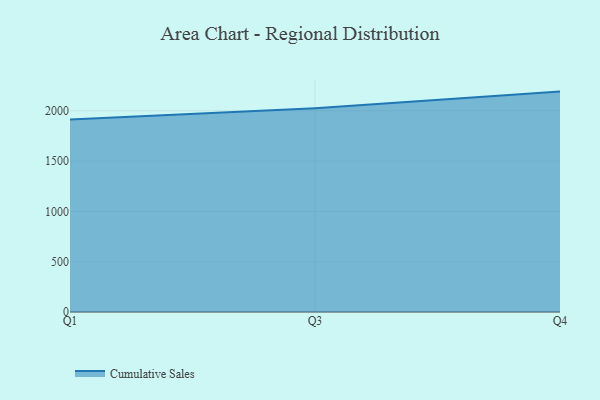
{"axis": {"x": "Quarter", "y": "Conversion Rate (%)"}, "legend": ["Cumulative Sales"], "data": [{"x": "Q1", "y": 1911.9, "type": "Cumulative Sales"}, {"x": "Q3", "y": 2024.5, "type": "Cumulative Sales"}, {"x": "Q4", "y": 2190.1, "type": "Cumulative Sales"}]}